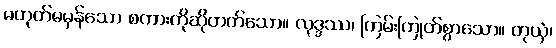
မဟုတ်မမှန်သော စကားကိုဆိုတတ်သော။ လုဒ္ဒဿ၊ ကြမ်းကြုတ်စွာသော။ တုယှံ၊